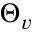
\Theta _ { v }